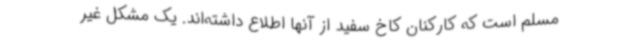
مسلم است که کارکنان کاخ سفید از آنها اطلاع داشته‌اند. یک مشکل غیر